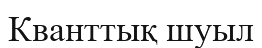
Кванттық шуыл